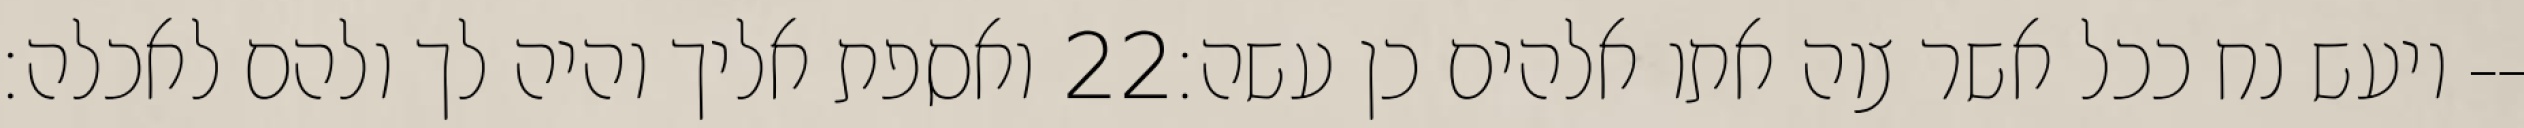
ואספת אליך והיה לך ולהם לאכלה׃ ‎22‏ ויעש נח ככל אשר צוה אתו אלהים כן עשה׃--